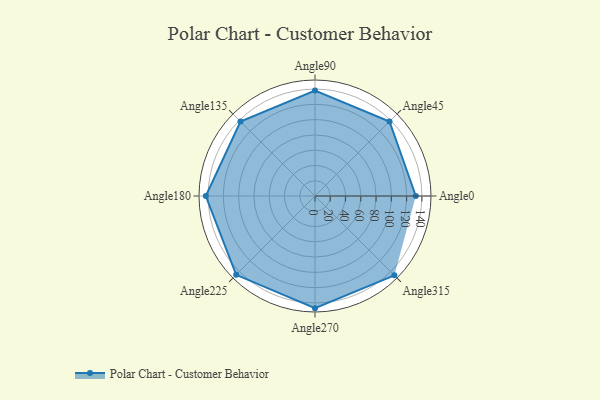
{"axis": {"x": "Angle", "y": "Radius"}, "legend": [""], "data": [{"x": "Angle0", "y": 132.0, "type": ""}, {"x": "Angle45", "y": 138.0, "type": ""}, {"x": "Angle90", "y": 138.0, "type": ""}, {"x": "Angle135", "y": 138.0, "type": ""}, {"x": "Angle180", "y": 143.0, "type": ""}, {"x": "Angle225", "y": 146.0, "type": ""}, {"x": "Angle270", "y": 147.0, "type": ""}, {"x": "Angle315", "y": 147.0, "type": ""}]}